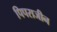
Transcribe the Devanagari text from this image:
पिपराजीन